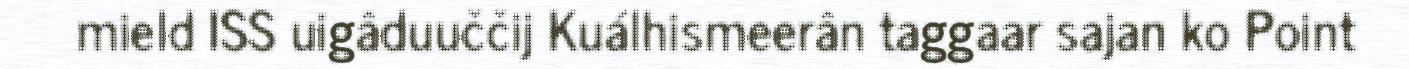
mield ISS uigâduuččij Kuálhismeerân taggaar sajan ko Point